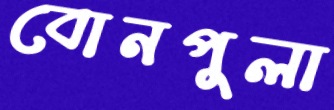
বোনপুলা